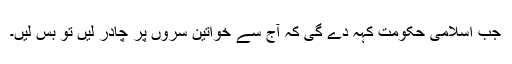
جب اسلامی حکومت کہہ دے گی کہ آج سے خواتین سروں پر چادر لیں تو بس لیں۔